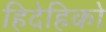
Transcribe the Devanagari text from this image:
हिदेहिको